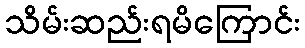
သိမ်းဆည်းရမိကြောင်း